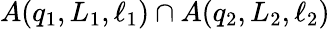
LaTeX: A\! \left(q_{1},L_{1},\ell_{1}\right)\cap A\! \left(q_{2},L_{2},\ell_{2}\right)